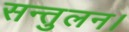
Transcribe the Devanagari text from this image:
सन्तुलन।